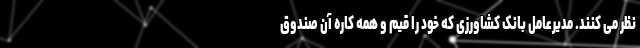
نظر می‌ کنند. مدیرعامل بانک کشاورزی که خود را قیم و همه کاره آن صندوق